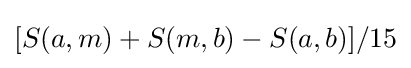
[S(a,m)+S(m,b)-S(a,b)]/15